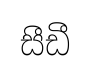
සීඩී